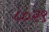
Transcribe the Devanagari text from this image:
८०२९